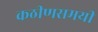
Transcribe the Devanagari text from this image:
कठीणसमयी